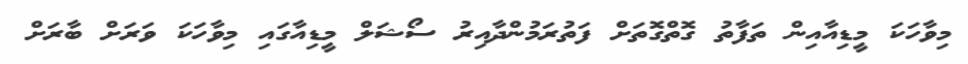
މިވާހަކަ މީޑިއާއިން ތަފާތު ގޮތްގޮތަށް ފަތުރަމުންދާއިރު ސޯޝަލް މީޑިއާގައި މިވާހަކަ ވަރަށް ބާރަށް